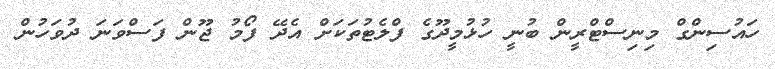
ހައުސިންގް މިނިސްޓްރީން ބުނީ ހުޅުމީދޫގެ ފްލެޓުތަކަށް އެދޭ ފޯމު ޖޫން ފަސްވަނަ ދުވަހުން